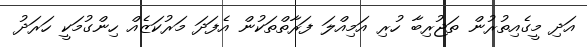
އަދި މީގެއިތުރުން ތަޖުރިބާ ހުރި އަމިއްލަ ފަރާތްތަކުން އެފަދަ މަރުކަޒެއް ހިންގުމަކީ ހަރަދު